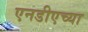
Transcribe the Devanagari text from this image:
एनडीएच्या